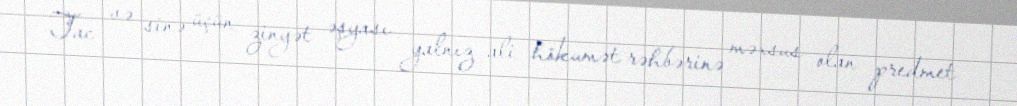
Tac və sinə üçün zinyət əşyası yalnız ali hökumət rəhbərinə məxsus olan predmet